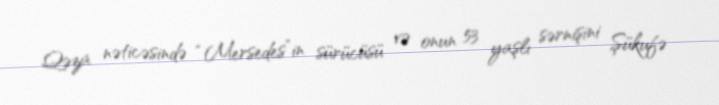
Qəza nəticəsində “Mersedes”in sürücüsü və onun 53 yaşlı sərnişini Şükufə